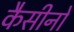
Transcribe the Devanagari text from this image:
कैसीनों